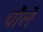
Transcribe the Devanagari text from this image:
चौले